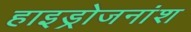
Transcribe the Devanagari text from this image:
हाइड्रोजनांश